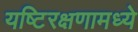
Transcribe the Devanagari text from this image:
यष्टिरक्षणामध्ये